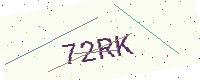
Text: 72RK